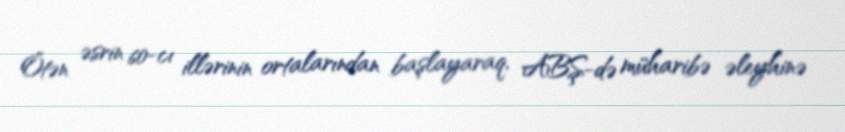
Ötən əsrin 60-cı illərinin ortalarından başlayaraq, ABŞ-də müharibə əleyhinə